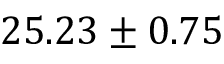
2 5 . 2 3 \pm 0 . 7 5